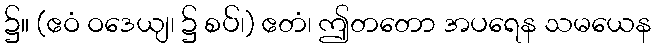
၌။ (ဧဝံ ဝဒေယျ၊ ၌ စပ်၊) ဧတံ၊ ဤတတော အပရေန သမယေန